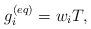
LaTeX: \begin{align*}g_i^{(eq)} = {{w}_i}T,\end{align*}